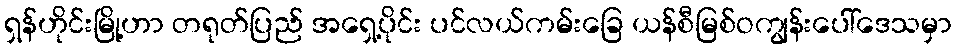
ရှန်ဟိုင်းမြို့ဟာ တရုတ်ပြည် အရှေ့ပိုင်း ပင်လယ်ကမ်းခြေ ယန်စီမြစ်ဝကျွန်းပေါ်ဒေသမှာ